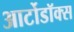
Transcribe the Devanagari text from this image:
आर्टोडॉक्स